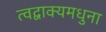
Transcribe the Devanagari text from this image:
त्वद्वाक्यमधुना